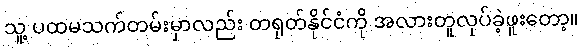
သူ့ ပထမသက်တမ်းမှာလည်း တရုတ်နိုင်ငံကို အလားတူလုပ်ခဲ့ဖူးတော့။